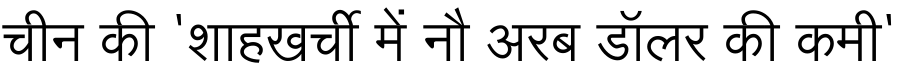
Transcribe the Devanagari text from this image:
चीन की 'शाहखर्ची में नौ अरब डॉलर की कमी'